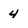
Character: 4